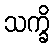
သက္ခိ